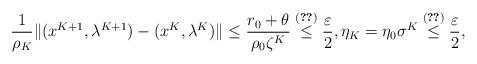
LaTeX: \begin{align*}\frac{1}{\rho_K}\|(x^{K+1},\lambda^{K+1})-(x^K,\lambda^K)\| \leq \frac{r_0+\theta}{\rho_0\zeta^K} \overset{\eqref{K}}{\leq} \frac{\varepsilon}{2}, \eta_K=\eta_0\sigma^K\overset{\eqref{K}}{\leq}\frac{\varepsilon}{2},\end{align*}